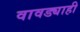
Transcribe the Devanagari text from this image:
वावड्याही